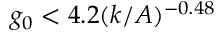
g _ { 0 } < 4 . 2 ( k / A ) ^ { - 0 . 4 8 }